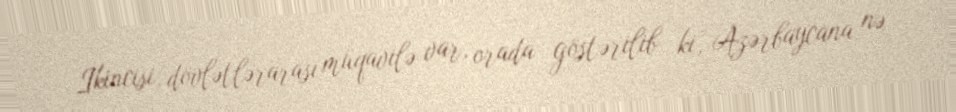
İkincisi, dövlətlərarası müqavilə var, orada göstərilib ki, Azərbaycana nə